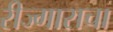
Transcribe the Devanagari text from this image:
रीज्गाराचा